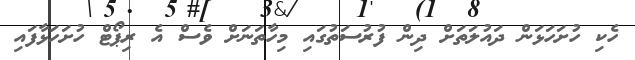
ހެކި ހުށަހަޅަން ދައުލަތަށް ދިން ފުރުސަތުގައި މިހާތަނަށް ވެސް އެ ރިޕޯޓް ހުށަހަޅާފައި